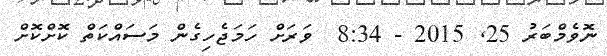
ނޮވެމްބަރު 25